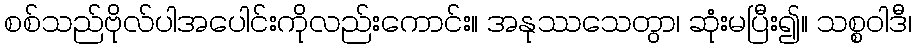
စစ်သည်ဗိုလ်ပါအပေါင်းကိုလည်းကောင်း။ အနုဿသေတွာ၊ ဆုံးမပြီး၍။ သစ္စဝါဒီ၊